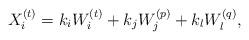
LaTeX: \begin{align*}X_i^{(t)}=k_iW_i^{(t)}+k_jW_j^{(p)}+k_lW_l^{(q)},\end{align*}